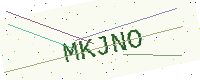
Text: MKJNO